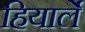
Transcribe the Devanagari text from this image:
हियार्ले